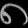
Digit: ၈